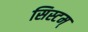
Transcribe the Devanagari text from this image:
सिस्टम्